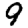
Digit: 9